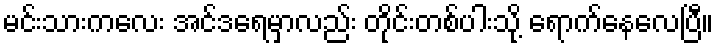
မင်းသားကလေး အင်ဒရေမှာလည်း တိုင်းတစ်ပါးသို့ ရောက်နေလေပြီ။